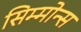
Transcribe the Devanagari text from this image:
सिम्मोन्स